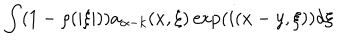
\int ( 1 - \rho ( | \xi | ) ) a _ { \alpha - k } ( x , \xi ) \exp ( i ( x - y , \xi ) ) d \xi